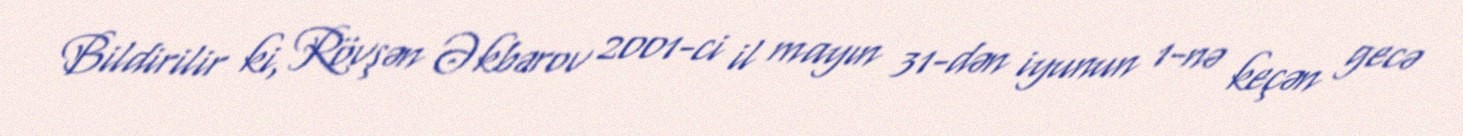
Bildirilir ki, Rövşən Əkbərov 2001-ci il mayın 31-dən iyunun 1-nə keçən gecə